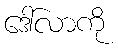
ဒေါ်လာကို